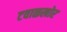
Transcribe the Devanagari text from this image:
टवाळखोर